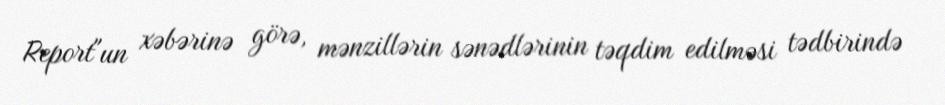
Report"un xəbərinə görə, mənzillərin sənədlərinin təqdim edilməsi tədbirində